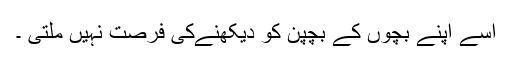
اسے اپنے بچوں کے بچپن کو دیکھنےکی فرصت نہیں ملتی ۔